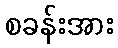
စခန်းအား